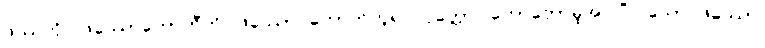
ဖဿကို။ ဖဿောဟောတီတိ၊ ဖဿော ဟောတိဟူ၍။ ဝုတ္တော၊ ဟောတော်မူအပ်ပြီ။ သော ဖဿော၊